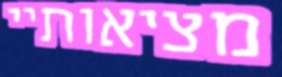
מציאותיי